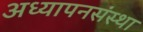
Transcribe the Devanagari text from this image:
अध्यापनसंस्था